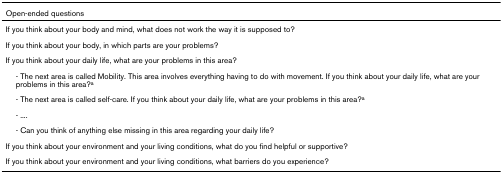
| Open-ended questions |
 | --- |
 | If you think about your body and mind, what does not work the way it is supposed to? |
 | If you think about your body, in which parts are your problems? |
 | If you think about your daily life, what are your problems in this area? |
 | - The next area is called Mobility. This area involves everything having to do with movement. If you think about your daily life, what are your problems in this area?a |
 | - The next area is called self-care. If you think about your daily life, what are your problems in this area?a |
 | - .... |
 | - Can you think of anything else missing in this area regarding your daily life? |
 | If you think about your environment and your living conditions, what do you find helpful or supportive? |
 | If you think about your environment and your living conditions, what barriers do you experience? |